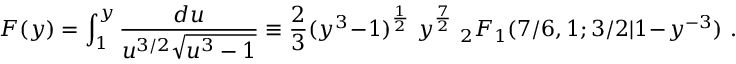
F ( y ) = \int _ { 1 } ^ { y } \frac { d u } { u ^ { 3 / 2 } \sqrt { u ^ { 3 } - 1 } } \equiv \frac 2 3 ( y ^ { 3 } \! - \! 1 ) ^ { \frac 1 2 } \ y ^ { \frac 7 2 } \ _ { 2 } F _ { 1 } ( 7 / 6 , 1 ; 3 / 2 | 1 \! - \! y ^ { - 3 } ) \ .